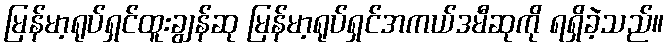
မြန်မာ့ရုပ်ရှင်ထူးချွန်ဆု မြန်မာ့ရုပ်ရှင်အကယ်ဒမီဆုကို ရရှိခဲ့သည်။